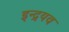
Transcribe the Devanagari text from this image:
इन्द्रयव